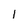
Character: 1